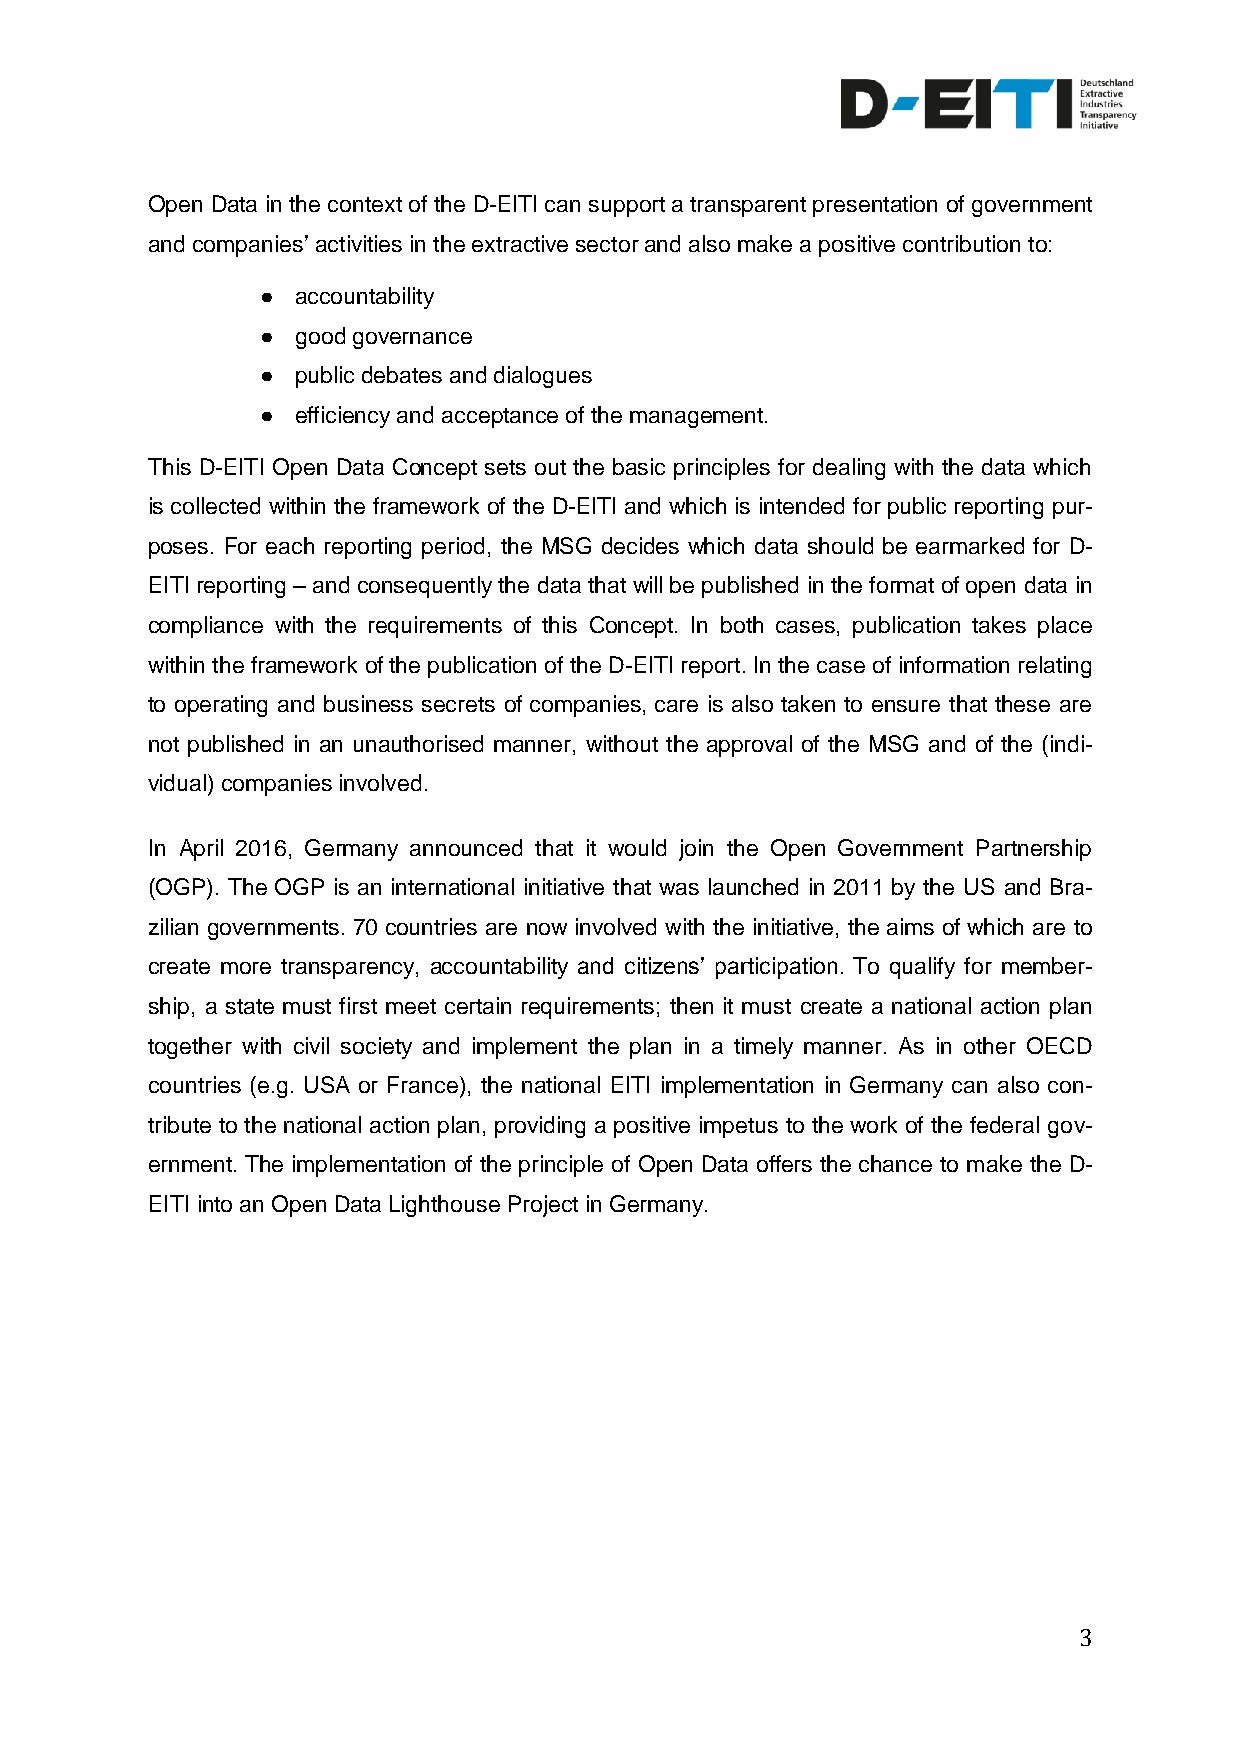
Open Data in the context of the D-EITI can support a transparent presentation of government
 and companies’ activities in the extractive sector and also make a positive contribution to:
 ●  accountability
 ●  good governance
 ●  public debates and dialogues
 ●  efficiency and acceptance of the management.
 This D-EITI Open Data Concept sets out the basic principles for dealing with the data which
 is collected within the framework of the D-EITI and which is intended for public reporting pur-
 poses. For each reporting period, the MSG decides which data should be earmarked for D-
 EITI reporting – and consequently the data that will be published in the format of open data in
 compliance with the requirements of this Concept. In both cases, publication takes place
 within the framework of the publication of the D-EITI report. In the case of information relating
 to operating and business secrets of companies, care is also taken to ensure that these are
 not published in an unauthorised manner, without the approval of the MSG and of the (indi-
 vidual) companies involved.
 In April 2016, Germany announced that it would join the Open Government Partnership
 (OGP). The OGP is an international initiative that was launched in 2011 by the US and Bra-
 zilian governments. 70 countries are now involved with the initiative, the aims of which are to
 create more transparency, accountability and citizens’ participation. To qualify for member-
 ship, a state must first meet certain requirements; then it must create a national action plan
 together with civil society and implement the plan in a timely manner. As in other OECD
 countries (e.g. USA or France), the national EITI implementation in Germany can also con-
 tribute to the national action plan, providing a positive impetus to the work of the federal gov-
 ernment. The implementation of the principle of Open Data offers the chance to make the D-
 EITI into an Open Data Lighthouse Project in Germany.
 3